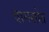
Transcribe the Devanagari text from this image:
वामस्रोत